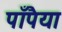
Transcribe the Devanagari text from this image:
पाँपैया